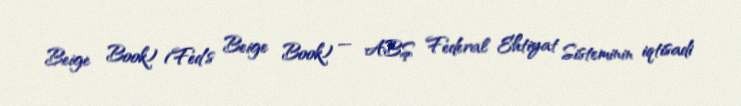
Beige Book) (Fed’s Beige Book) — ABŞ Federal Ehtiyat Sisteminin iqtisadi